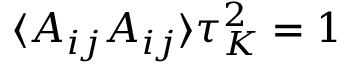
\langle A _ { i j } A _ { i j } \rangle \tau _ { K } ^ { 2 } = 1